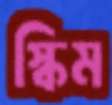
স্কিম